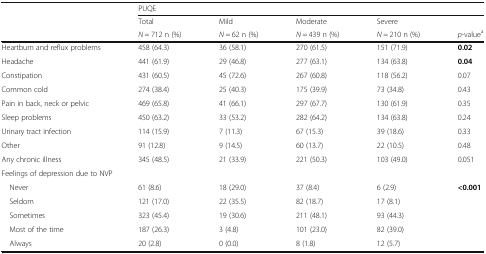
<table><thead><tr><td rowspan="3"></td><td colspan="5"><b>PUQE</b></td></tr><tr><td><b>Total</b></td><td><b>Mild</b></td><td><b>Moderate</b></td><td><b>Severe</b></td><td></td></tr><tr><td><b><i>N</i> = 712 n (%)</b></td><td><b><i>N</i> = 62 n (%)</b></td><td><b><i>N</i> = 439 n (%)</b></td><td><b><i>N</i> = 210 n (%)</b></td><td><b><i>p</i>-value<sup>a</sup></b></td></tr></thead><tbody><tr><td>Heartburn and reflux problems</td><td>458 (64.3)</td><td>36 (58.1)</td><td>270 (61.5)</td><td>151 (71.9)</td><td><b>0.02</b></td></tr><tr><td>Headache</td><td>441 (61.9)</td><td>29 (46.8)</td><td>277 (63.1)</td><td>134 (63.8)</td><td><b>0.04</b></td></tr><tr><td>Constipation</td><td>431 (60.5)</td><td>45 (72.6)</td><td>267 (60.8)</td><td>118 (56.2)</td><td>0.07</td></tr><tr><td>Common cold</td><td>274 (38.4)</td><td>25 (40.3)</td><td>175 (39.9)</td><td>73 (34.8)</td><td>0.43</td></tr><tr><td>Pain in back, neck or pelvic</td><td>469 (65.8)</td><td>41 (66.1)</td><td>297 (67.7)</td><td>130 (61.9)</td><td>0.35</td></tr><tr><td>Sleep problems</td><td>450 (63.2)</td><td>33 (53.2)</td><td>282 (64.2)</td><td>134 (63.8)</td><td>0.24</td></tr><tr><td>Urinary tract infection</td><td>114 (15.9)</td><td>7 (11.3)</td><td>67 (15.3)</td><td>39 (18.6)</td><td>0.33</td></tr><tr><td>Other</td><td>91 (12.8)</td><td>9 (14.5)</td><td>60 (13.7)</td><td>22 (10.5)</td><td>0.48</td></tr><tr><td>Any chronic illness</td><td>345 (48.5)</td><td>21 (33.9)</td><td>221 (50.3)</td><td>103 (49.0)</td><td>0.051</td></tr><tr><td colspan="6">Feelings of depression due to NVP</td></tr><tr><td> Never</td><td>61 (8.6)</td><td>18 (29.0)</td><td>37 (8.4)</td><td>6 (2.9)</td><td><b>&lt;0.001</b></td></tr><tr><td> Seldom</td><td>121 (17.0)</td><td>22 (35.5)</td><td>82 (18.7)</td><td>17 (8.1)</td><td></td></tr><tr><td> Sometimes</td><td>323 (45.4)</td><td>19 (30.6)</td><td>211 (48.1)</td><td>93 (44.3)</td><td></td></tr><tr><td> Most of the time</td><td>187 (26.3)</td><td>3 (4.8)</td><td>101 (23.0)</td><td>82 (39.0)</td><td></td></tr><tr><td> Always</td><td>20 (2.8)</td><td>0 (0.0)</td><td>8 (1.8)</td><td>12 (5.7)</td><td></td></tr></tbody></table>